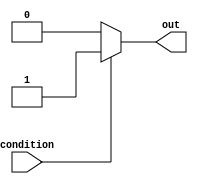
module if_else_statement (
    input wire condition,
    output reg out
);

always @ (*)
begin
    if (~condition) begin
        // statements to be executed if condition is NOT true
        out <= 0;
    end
    else begin
        // statements to be executed if condition is true
        out <= 1;
    end
end

endmodule